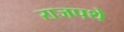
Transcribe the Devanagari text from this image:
राजपथे